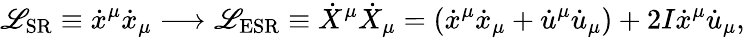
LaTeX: \mathscr{L}_{\textrm{{SR}}}\equiv\dot{{x}}^{\mu}\dot{{x}}_{\mu}\longrightarrow\mathscr{L}_{\textrm{{ESR}}}\equiv\dot{{X}}^{\mu}\dot{{X}}_{\mu}=(\dot{{x}}^{\mu}\dot{{x}}_{\mu}+\dot{{u}}^{\mu}\dot{{u}}_{\mu})+2I\dot{{x}}^{\mu}\dot{{u}}_{\mu},